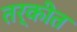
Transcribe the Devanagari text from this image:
तर्कीत